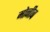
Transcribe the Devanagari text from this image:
मोनीब